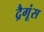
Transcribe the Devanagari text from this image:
द्रैगूंस